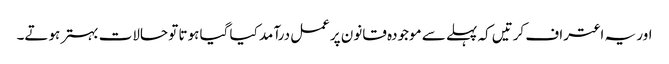
اور یہ اعتراف کرتیں کہ پہلے سے موجودہ قانون پرعمل درآمد کیا گیا ہوتا تو حالات بہتر ہوتے۔